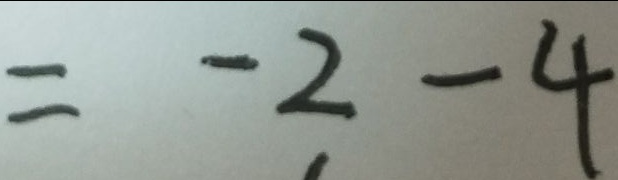
= - 2 - 4